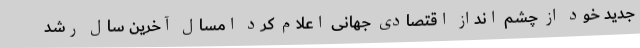
جدید خود از چشم انداز اقتصادی جهانی اعلام کرد امسال آخرین سال رشد